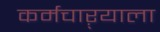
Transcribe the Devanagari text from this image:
कर्मचाऱ्याला